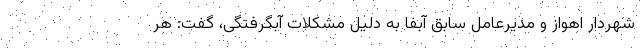
شهردار اهواز و مدیرعامل سابق آبفا به دلیل مشکلات آبگرفتگی، گفت: هر